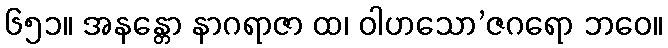
၆၅၁။ အနန္တော နာဂရာဇာ ထ၊ ဝါဟသော’ဇဂရော ဘဝေ။